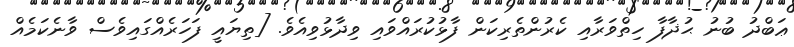
ޢަބްދު ބުނު ޙުޛާފާ ހިތްވަރާއި ކެރުންތެރިކަން ފާޅުކުރައްވައި ވިދާޅުވިއެވެ. [ތިޔައީ ފަހަރެއްގައިވެސް ވާނެކަމެއް